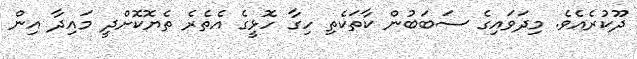
ދޫކުރެއެވެ. މިދަވައިގެ ސަބަބުން ކާތަކެތި ހިގާ ހޮޅީގެ އެތެރެ ތެޔޮކޮށްދީ މައިދާ އިން